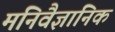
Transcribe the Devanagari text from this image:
मनिवैज्ञानिक